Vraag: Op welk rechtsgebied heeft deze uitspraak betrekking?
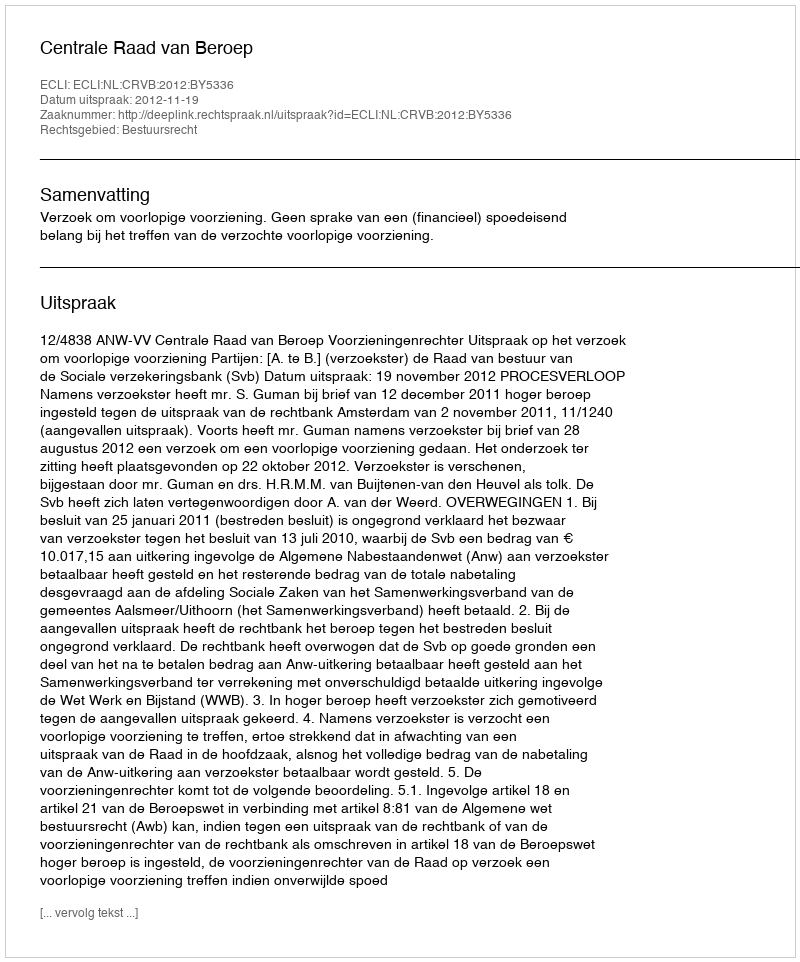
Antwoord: Bestuursrecht